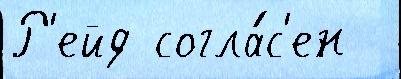
Р'ейд согла́с'ен